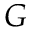
G